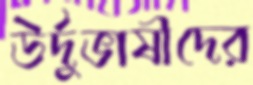
উর্দুভাষীদের